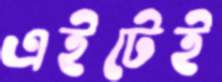
এইটেই